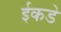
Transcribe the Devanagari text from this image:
ईकडे